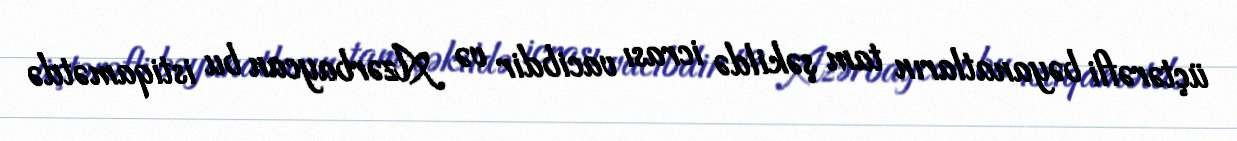
üçtərəfli bəyanatların tam şəkildə icrası vacibdir və Azərbaycan bu istiqamətdə